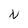
Character: N